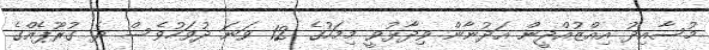
މުސާއިދު އިއްޒުއްދީން އަދުނާން ވިދާޅުވީ މިމަހުގެ 12 ވަނަ ދުވަހުވެސް ދެ ގުރޫޕެއްގެ